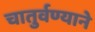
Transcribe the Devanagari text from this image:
चातुर्वण्याने